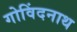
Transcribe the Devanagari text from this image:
गोविंदनाथ